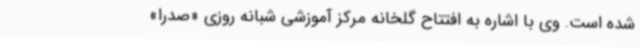
شده است. وی با اشاره به افتتاح گلخانه مرکز آموزشی شبانه روزی «صدرا»